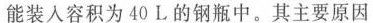
能装入容积为40L的钢瓶中。其主要原因